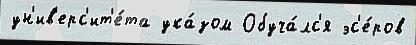
ун'ив'ерс'ит'е́та ука́зом Обуча́лс'я эс'е́ров